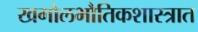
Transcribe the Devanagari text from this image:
खगोलभौतिकशास्त्रात